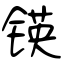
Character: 锳